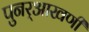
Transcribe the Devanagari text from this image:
पुनर्‌आखणी